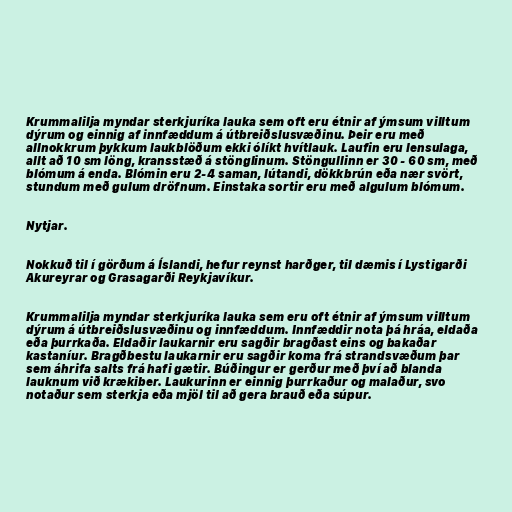
Krummalilja myndar sterkjuríka lauka sem oft eru étnir af ýmsum villtum
dýrum og einnig af innfæddum á útbreiðslusvæðinu. Þeir eru með
allnokkrum þykkum laukblöðum ekki ólíkt hvítlauk. Laufin eru lensulaga,
allt að 10 sm löng, kransstæð á stönglinum. Stöngullinn er 30 - 60 sm, með
blómum á enda. Blómin eru 2-4 saman, lútandi, dökkbrún eða nær svört,
stundum með gulum dröfnum. Einstaka sortir eru með algulum blómum.

Nytjar.

Nokkuð til í görðum á Íslandi, hefur reynst harðger, til dæmis í Lystigarði
Akureyrar og Grasagarði Reykjavíkur.

Krummalilja myndar sterkjuríka lauka sem eru oft étnir af ýmsum villtum
dýrum á útbreiðslusvæðinu og innfæddum. Innfæddir nota þá hráa, eldaða
eða þurrkaða. Eldaðir laukarnir eru sagðir bragðast eins og bakaðar
kastaníur. Bragðbestu laukarnir eru sagðir koma frá strandsvæðum þar
sem áhrifa salts frá hafi gætir. Búðingur er gerður með því að blanda
lauknum við krækiber. Laukurinn er einnig þurrkaður og malaður, svo
notaður sem sterkja eða mjöl til að gera brauð eða súpur.